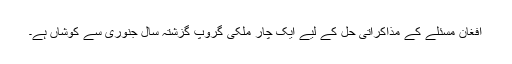
افغان مسئلے کے مذاکراتی حل کے لیے ایک چار ملکی گروپ گزشتہ سال جنوری سے کوشاں ہے۔